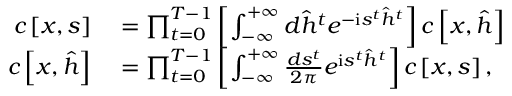
\begin{array} { r l } { c \left[ \boldsymbol { x } , \boldsymbol { s } \right] } & { { } = \prod _ { t = 0 } ^ { T - 1 } \left[ \int _ { - \infty } ^ { + \infty } d \hat { h } ^ { t } e ^ { - \mathrm { i } s ^ { t } \hat { h } ^ { t } } \right] c \left[ \boldsymbol { x } , \hat { \boldsymbol { h } } \right] } \\ { c \left[ \boldsymbol { x } , \hat { \boldsymbol { h } } \right] } & { { } = \prod _ { t = 0 } ^ { T - 1 } \left[ \int _ { - \infty } ^ { + \infty } \frac { d s ^ { t } } { 2 \pi } e ^ { \mathrm { i } s ^ { t } \hat { h } ^ { t } } \right] c \left[ \boldsymbol { x } , \boldsymbol { s } \right] , } \end{array}